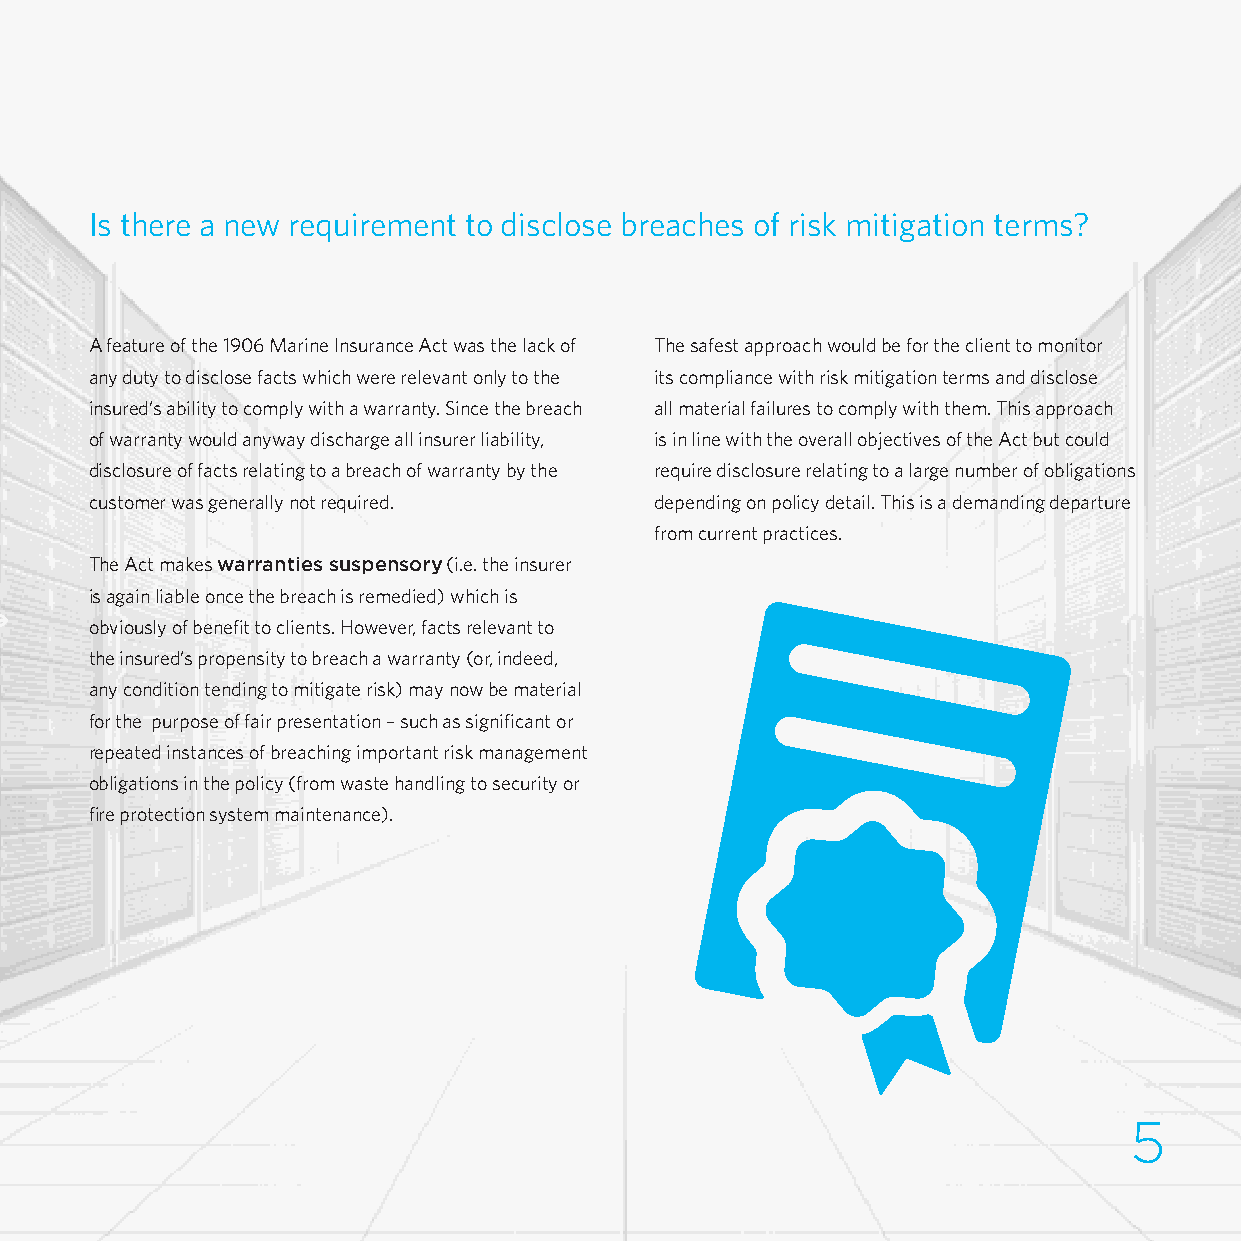
Warranties and Conditions
 Is there a new requirement to disclose breaches of risk mitigation terms?
 A feature of the 1906 Marine Insurance Act was the lack of The safest approach would be for the client to monitor
 any duty to disclose facts which were relevant only to the its compliance with risk mitigation terms and disclose
 insured’s ability to comply with a warranty. Since the breach all material failures to comply with them. This approach
 of warranty would anyway discharge all insurer liability, is in line with the overall objectives of the Act but could
 disclosure of facts relating to a breach of warranty by the require disclosure relating to a large number of obligations
 customer was generally not required. depending on policy detail. This is a demanding departure
 from current practices.
 The Act makes warranties suspensory (i.e. the insurer
 is again liable once the breach is remedied) which is
 obviously of benefit to clients. However, facts relevant to
 the insured’s propensity to breach a warranty (or, indeed,
 any condition tending to mitigate risk) may now be material
 for the purpose of fair presentation – such as significant or
 repeated instances of breaching important risk management
 obligations in the policy (from waste handling to security or
 fire protection system maintenance).
 35